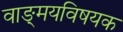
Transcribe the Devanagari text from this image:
वाङ्‌मयविषयक